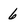
Character: 6